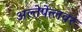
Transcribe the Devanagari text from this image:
अल्तेपेत्लवर